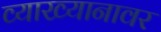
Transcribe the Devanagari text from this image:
व्याख्यानावर